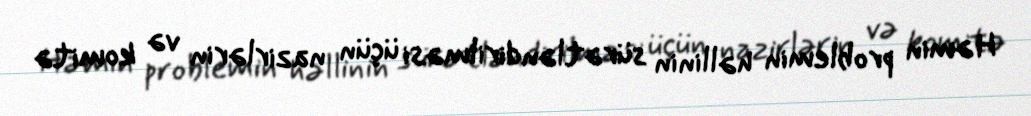
Həmin problemin həllinin sürətləndirilməsi üçün nazirlərin və komitə